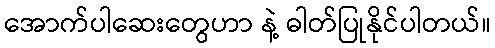
အောက်ပါဆေးတွေဟာ နဲ့ ဓါတ်ပြုနိုင်ပါတယ်။